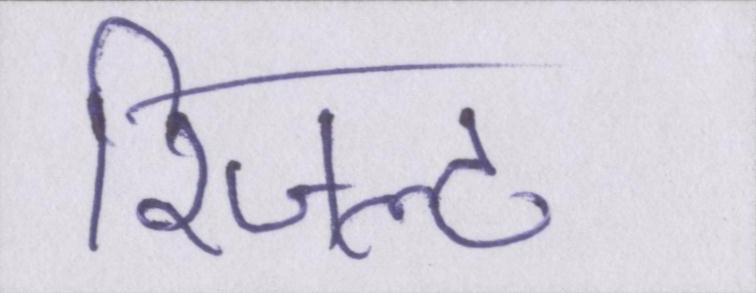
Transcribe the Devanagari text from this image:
रिजल्ट